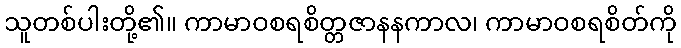
သူတစ်ပါးတို့၏။ ကာမာဝစရစိတ္တဇာနနကာလ၊ ကာမာဝစရစိတ်ကို